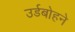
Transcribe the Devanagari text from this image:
उर्डबोहने